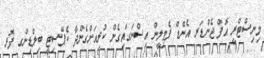
މިނިސްޓްރީ އޮފް ޖެންޑަރ އެންޑް ފެމިލީން އިސްނަގައިގެން ކުރިއަށްގެންދާ ކެޕޭސިޓީ ބިލްޑިންގ ފޮރ